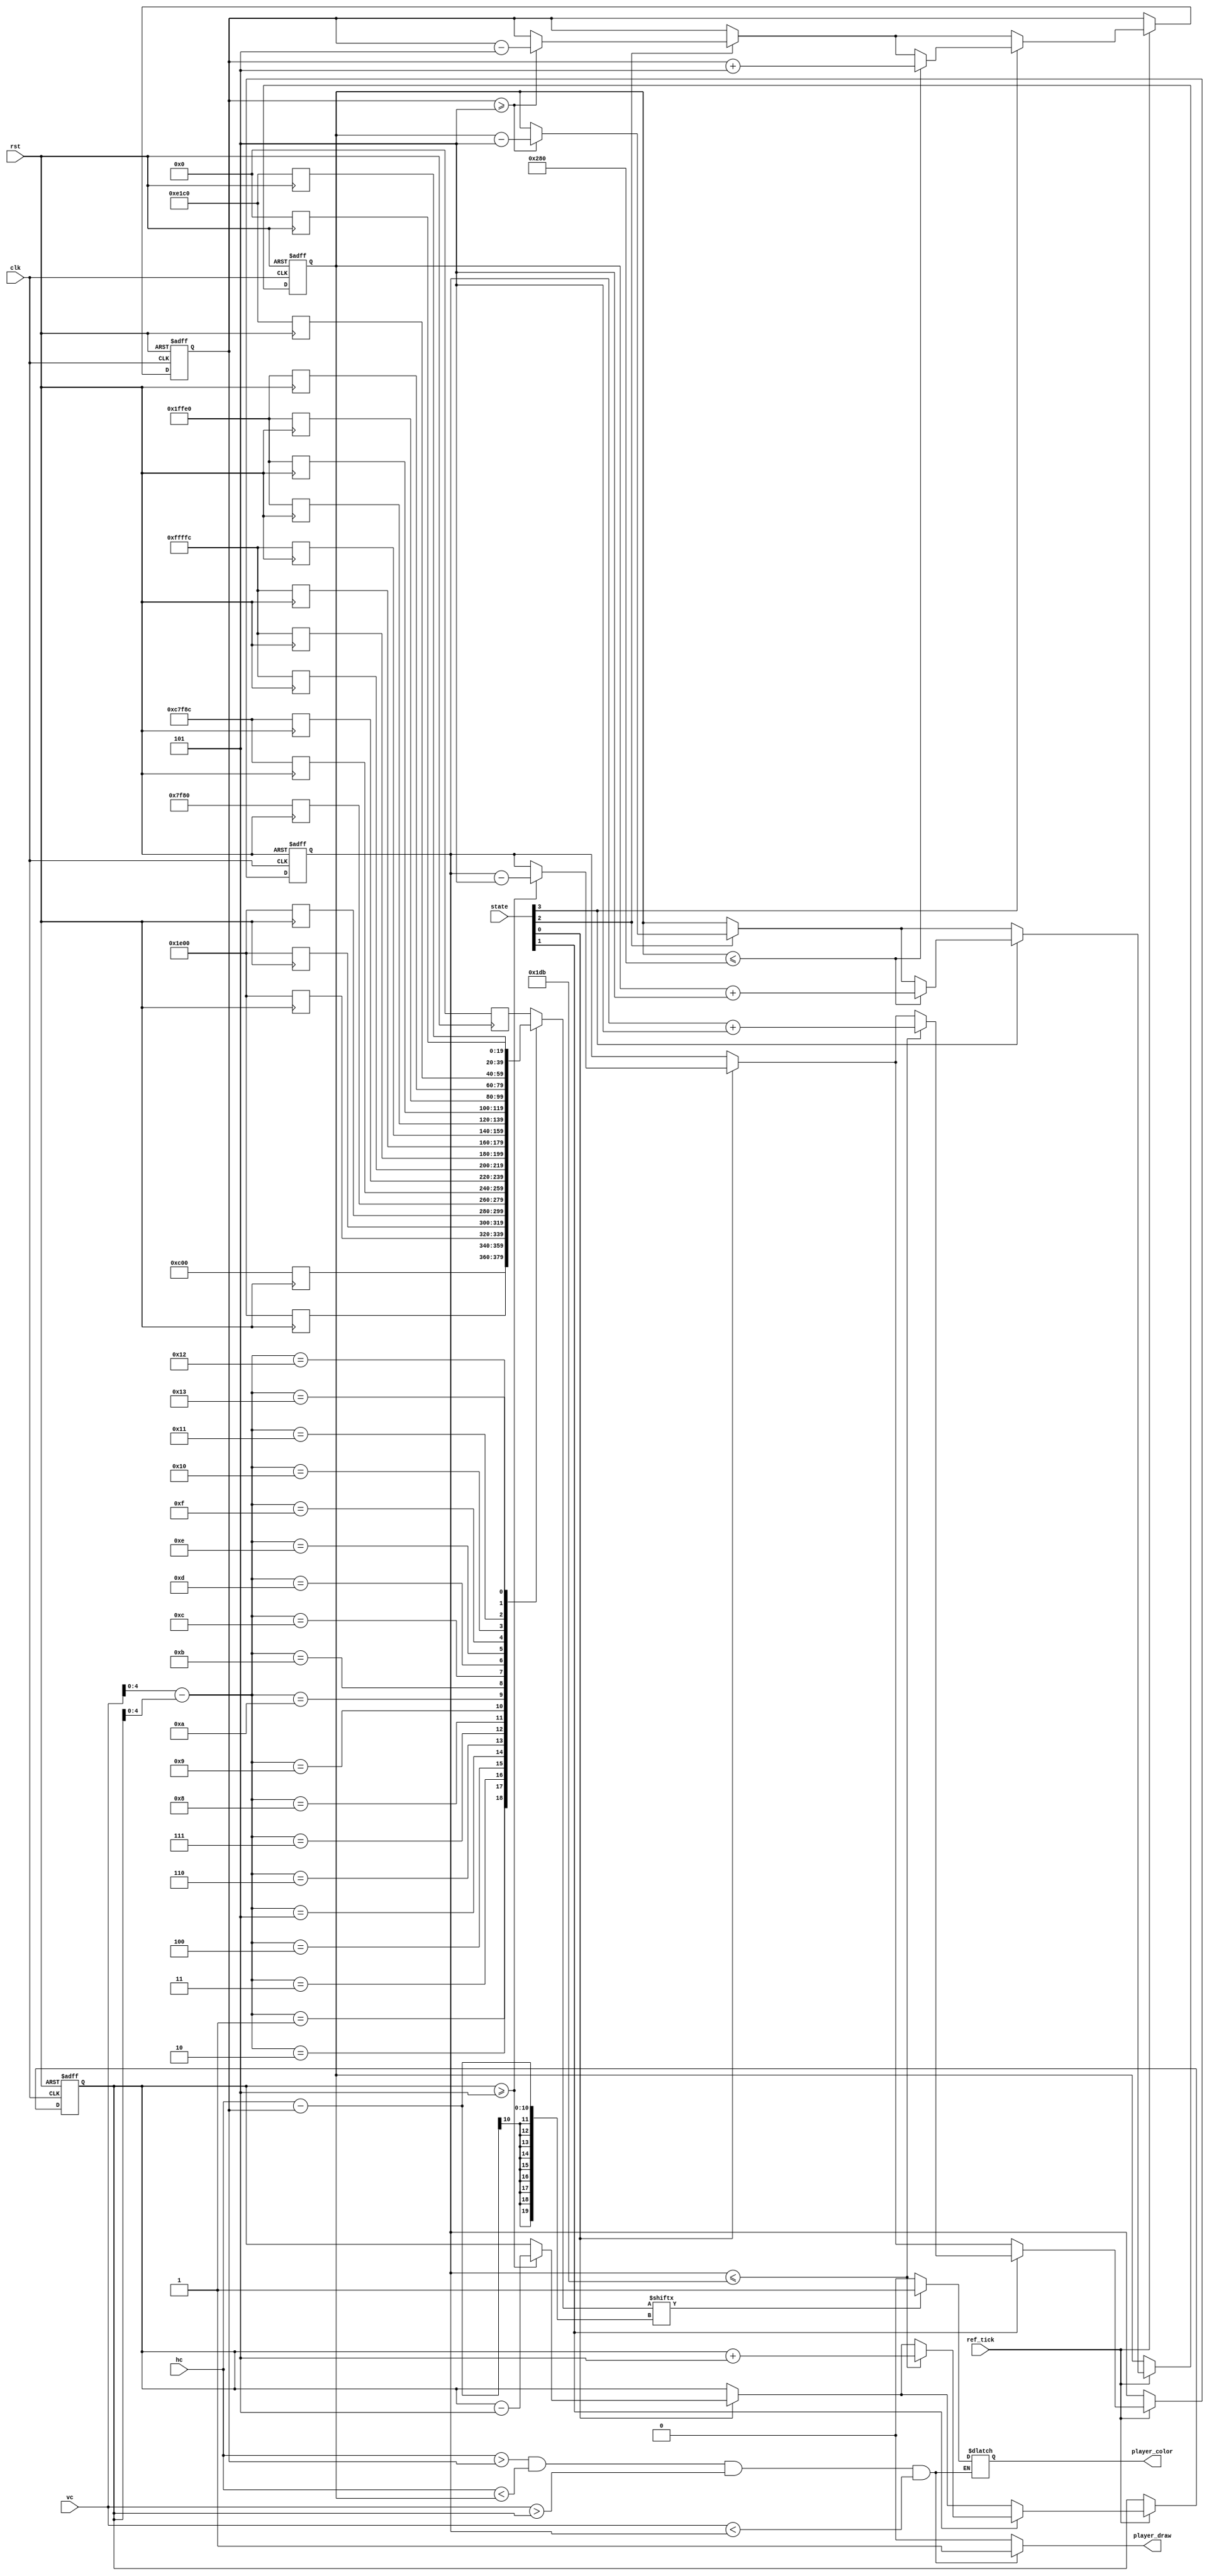
`timescale 1ns / 1ps
/***************************************************************************
* 
* Version:	1.0
*
* Notes: 	Player module. Controls player look and gameplay design.
*
***************************************************************************/
module Player(clk, rst, state, hc, vc, ref_tick, player_draw, player_color);
	input 		clk, rst;
	input			ref_tick;
	input [9:0] hc, vc;
	input [4:0] state;
	
	output reg player_draw;		// Signal to draw player
	output reg player_color;	// Color pallete
	
	
	parameter MAX_X = 640;
	parameter MAX_Y = 475;
	
	
	//////////////////////////////////////////////////////////////////
	//		Player Movement Control												 //
	//////////////////////////////////////////////////////////////////
	reg [9:0] player_left;		// Player left border
	reg [9:0] player_right;		// Player right border
	reg [9:0] player_up;			// Player upper border
	reg [9:0] player_down;		// Player bottom border

	always@(posedge clk, posedge rst) begin
		// Initial Position 
		if(rst) begin
			player_left <= 1;
			player_right <= 21;
			player_up <= 1;
			player_down <= 21;
		end
		// Movement 
		else if(ref_tick) begin
			if(state[0]) begin
				if(player_up >= 5) begin
					player_up <= player_up - 5;
					player_down <= player_down - 5;
				end
			end
			if(state[1]) begin
				if(player_down <= MAX_Y) begin
					player_up <= player_up + 5;
					player_down <= player_down + 5;
				end
			end
			if(state[2]) begin
				if(player_left >= 5) begin
					player_left <= player_left - 5;
					player_right <= player_right - 5;
				end
			end
			if(state[3]) begin
				if(player_right <= MAX_X) begin
					player_left <= player_left + 5;
					player_right <= player_right + 5;
				end
			end
		end
	end
	
	//////////////////////////////////////////////////////////////////
	//		Player Shoot Mechanic												 //
	//////////////////////////////////////////////////////////////////
	
	
	//////////////////////////////////////////////////////////////////
	//		Player Look Design													 //
	//////////////////////////////////////////////////////////////////
	
	reg		  	color;
	reg  [19:0] player_figure [0:19];
	wire [19:0] x;
	wire [19:0] y;
	
	assign x = hc - player_left;
	assign y = vc - player_up;
	
	always@(posedge rst) begin
		if(rst) begin
			player_figure[0][19:0]  <= 20'b00000000000000000000;
			player_figure[1][19:0]  <= 20'b00000000110000000000;
			player_figure[2][19:0]  <= 20'b00000001111000000000;
			player_figure[3][19:0]  <= 20'b00000001111000000000;
			player_figure[4][19:0]  <= 20'b00000001111000000000;
			player_figure[5][19:0]  <= 20'b00000001111000000000;
			player_figure[6][19:0]  <= 20'b00000111111110000000;
			player_figure[7][19:0]  <= 20'b11000111111110001100;
			player_figure[8][19:0]  <= 20'b11000111111110001100;
			player_figure[9][19:0]  <= 20'b11111111111111111100;
			player_figure[10][19:0] <= 20'b11111111111111111100;
			player_figure[11][19:0] <= 20'b11111111111111111100;
			player_figure[12][19:0] <= 20'b11111111111111111100;
			player_figure[13][19:0] <= 20'b00011111111111100000;
			player_figure[14][19:0] <= 20'b00011111111111100000;
			player_figure[15][19:0] <= 20'b00011111111111100000;
			player_figure[16][19:0] <= 20'b00011111111111100000;
			player_figure[17][19:0] <= 20'b00001110000111000000;
			player_figure[18][19:0] <= 20'b00001110000111000000;
			player_figure[19][19:0] <= 20'b00000000000000000000;
		end
	end
	
	//////////////////////////////////////////////////////////////////
	//		VGA OUTPUT																 //
	//////////////////////////////////////////////////////////////////
	
	// Player Display
	always@(*) begin
		if(hc > player_left && hc < player_right && vc > player_up && vc < player_down) begin
			player_draw = 1'b1;
			if(player_figure[y][x] == 1) begin
				// Draw Red
				player_color = 1'b1;
			end
			else begin
				// Draw Black
				player_color = 1'b0;
			end
		end
		else begin
			player_draw = 1'b0;
		end
	end
	

endmodule